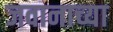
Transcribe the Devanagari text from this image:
जवानाच्या